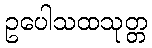
ဥပေါသထသုတ္တ